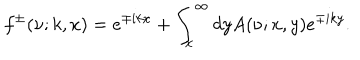
f ^ { \pm } ( \nu ; k , x ) = e ^ { \mp i k x } + \int _ { x } ^ { \infty } d y A ( \nu ; x , y ) e ^ { \mp i k y } .